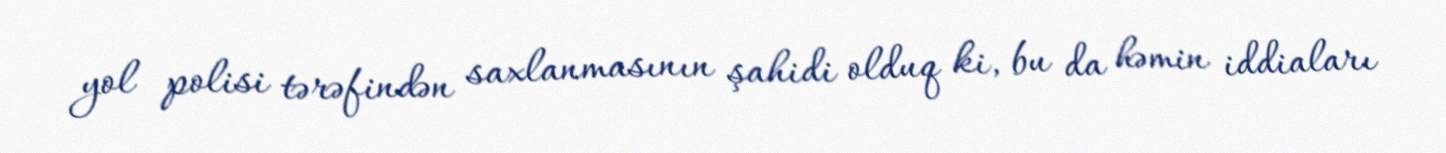
yol polisi tərəfindən saxlanmasının şahidi olduq ki, bu da həmin iddiaları